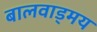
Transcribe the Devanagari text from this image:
बालवाड्मय